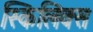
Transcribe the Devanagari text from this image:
स्किलिक्स